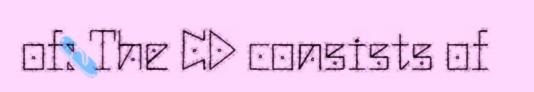
of: The CD consists of